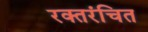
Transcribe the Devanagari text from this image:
रक्तरंचित